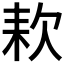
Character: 𣢹